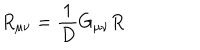
R _ { \mu \nu } = \frac { 1 } { D } G _ { \mu \nu } R